Civil Veterinary Department Bihar & Orissa reports 1929-36 - 1929-1936
Year: 1929
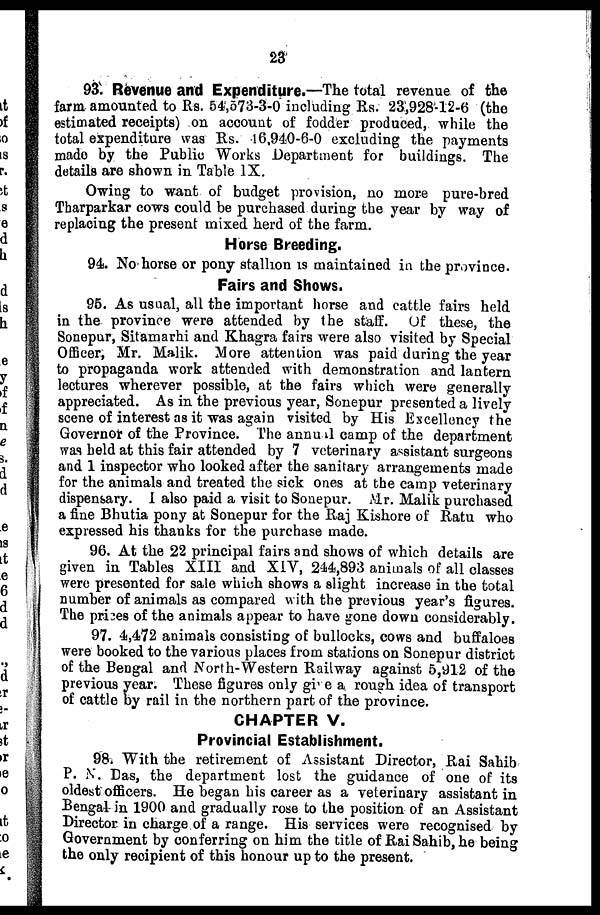
23
93. Revenue and Expenditure.—The total revenue of the
farm amounted to Rs. 54,573-3-0 including Rs. 23,928-12-6 (the
estimated receipts) on account of fodder produced, while the
total expenditure was Rs. 16,940-6-0 excluding the payments
made by the Public Works Department for buildings. The
details are shown in Table IX.
Owing to want of budget provision, no more pure-bred
Tharparkar cows could be purchased during the year by way of
replacing the present mixed herd of the farm.
Horse Breeding.
94. No horse or pony stallion is maintained in the province.
Fairs and Shows.
95. As usual, all the important horse and cattle fairs held
in the province were attended by the staff. Of these, the
Sonepur, Sitamarhi and Khagra fairs were also visited by Special
Officer, Mr. Malik. More attention was paid during the year
to propaganda work attended with demonstration and lantern
lectures wherever possible, at the fairs which were generally
appreciated. As in the previous year, Sonepur presented a lively
scene of interest as it was again visited by His Excellency the
Governor of the Province. The annual camp of the department
was held at this fair attended by 7 veterinary assistant surgeons
and 1 inspector who looked after the sanitary arrangements made
for the animals and treated the sick ones at the camp veterinary
dispensary. 1 also paid a visit to Sonepur. Mr. Malik purchased
a fine Bhutia pony at Sonepur for the Raj Kishore of Ratu who
expressed his thanks for the purchase made.
96. At the 22 principal fairs and shows of which details are
given in Tables XIII and XIV, 244,893 animals of all classes
were presented for sale which shows a slight increase in the total
number of animals as compared with the previous year's figures.
The prices of the animals appear to have gone down considerably.
97. 4,472 animals consisting of bullocks, cows and buffaloes
were booked to the various places from stations on Sonepur district
of the Bengal and North-Western Railway against 6,912 of the
previous year. These figures only gi e a rough idea of transport
of cattle by rail in the northern part of the province.
CHAPTER V.
Provincial Establishment.
98. With the retirement of Assistant Director, Rai Sahib
P. N. Das, the department lost the guidance of one of its
oldest officers. He began his career as a veterinary assistant in
Bengal in 1900 and gradually rose to the position of an Assistant
Director in charge of a range. His services were recognised by
Government by conferring on him the title of Rai Sahib, he being
the only recipient of this honour up to the present.